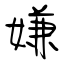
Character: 嫌